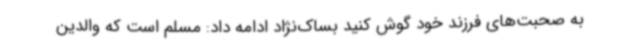
به صحبت‌های فرزند خود گوش کنید بساک‌نژاد ادامه داد: مسلم است که والدین